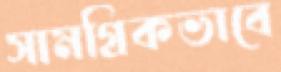
সামগ্রিকভাবে